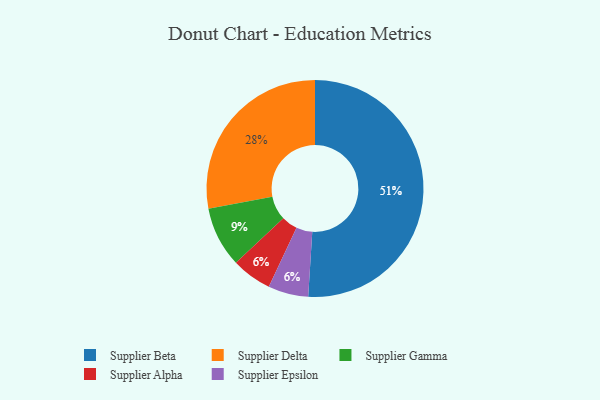
{"axis": {"x": "Category", "y": "Percentage"}, "legend": ["Supplier Alpha", "Supplier Beta", "Supplier Delta", "Supplier Epsilon", "Supplier Gamma"], "data": [{"x": "Supplier Beta", "y": 51, "type": "Supplier Beta"}, {"x": "Supplier Gamma", "y": 9, "type": "Supplier Gamma"}, {"x": "Supplier Alpha", "y": 6, "type": "Supplier Alpha"}, {"x": "Supplier Delta", "y": 28, "type": "Supplier Delta"}, {"x": "Supplier Epsilon", "y": 6, "type": "Supplier Epsilon"}]}